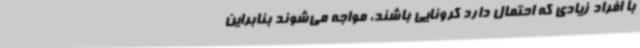
با افراد زیادی که احتمال دارد کرونایی باشند، مواجه می‌شوند بنابراین